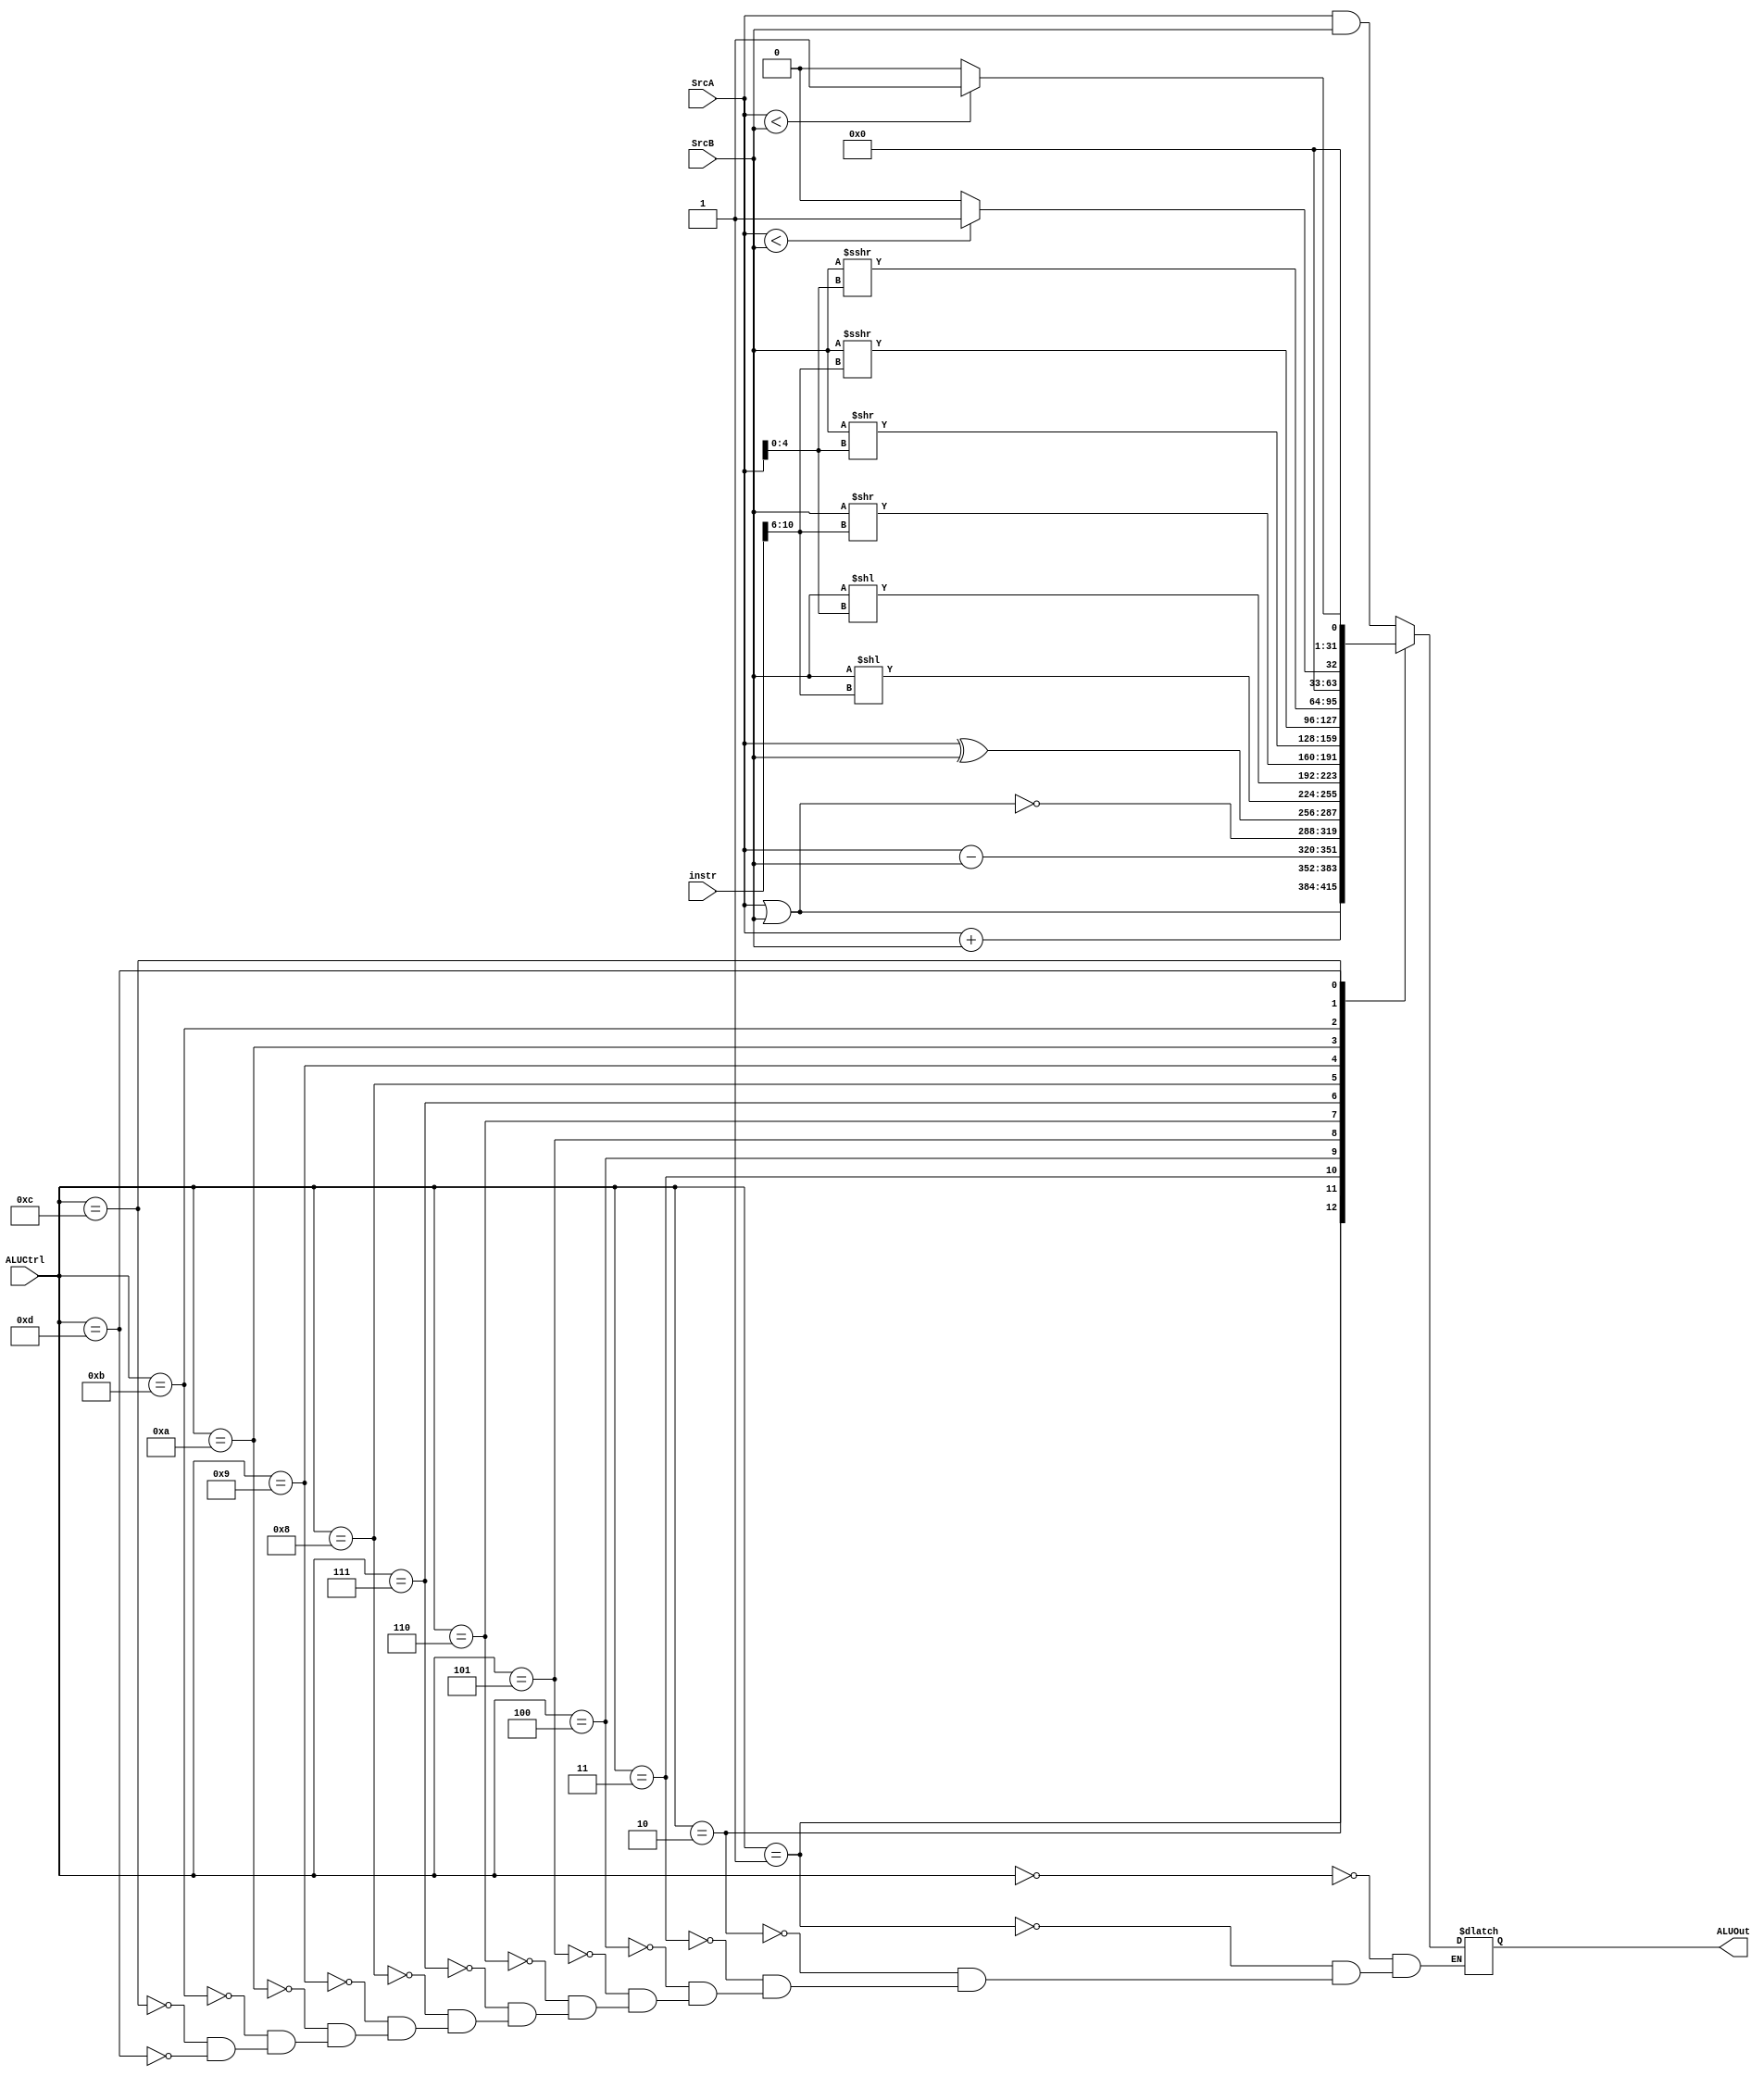
`timescale 1ns / 1ps
//////////////////////////////////////////////////////////////////////////////////
// Company: 
// Engineer: 
// 
// Design Name: 
// Module Name:    ALU 
// Project Name: 
// Target Devices: 
// Tool versions: 
// Description: 
//
// Dependencies: 
//
// Revision: 
// Revision 0.01 - File Created
// Additional Comments: 
//
//////////////////////////////////////////////////////////////////////////////////
module ALU(
	input [4:0] ALUCtrl,
	input [31:0] instr,
	input [31:0] SrcA,
	input [31:0] SrcB,
	output reg [31:0] ALUOut
    );
	
	always@(*)begin
		
		case(ALUCtrl)
			0:ALUOut=SrcA&SrcB;
			1:ALUOut=SrcA|SrcB;
			2:ALUOut=SrcA+SrcB;
			3:ALUOut=SrcA-SrcB;
			4:ALUOut=~(SrcA|SrcB);
			5:ALUOut=SrcA^SrcB;
			6:ALUOut=SrcB<<instr[10:6];
			7:ALUOut=SrcB<<SrcA[4:0];
			8:ALUOut=SrcB>>instr[10:6];
			9:ALUOut=SrcB>>SrcA[4:0];
			10:ALUOut=$signed(SrcB)>>>instr[10:6];
			11:ALUOut=$signed(SrcB)>>>SrcA[4:0];
			12:ALUOut=($signed(SrcA)<$signed(SrcB))?1:0;
			13:ALUOut=(SrcA<SrcB)?1:0;
		endcase
		
	end
				  
endmodule